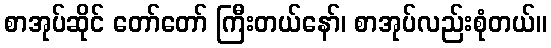
စာအုပ်ဆိုင် တော်တော် ကြီးတယ်နော်၊ စာအုပ်လည်းစုံတယ်။